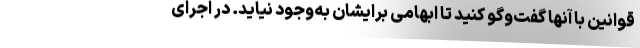
قوانین با آنها گفت‌وگو کنید تا ابهامی برایشان به‌وجود نیاید. در اجرای